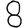
Digit: 8